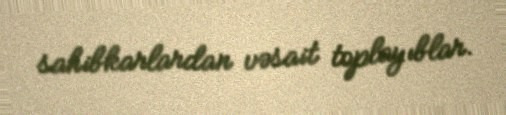
sahibkarlardan vəsait toplayıblar.